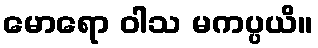
မောရော ဝါသ မကပ္ပယိ။